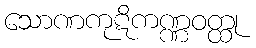
သောဏကုဋိကဏ္ဏဝတ္ထု